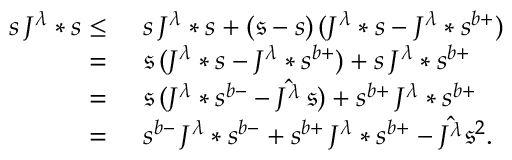
\begin{array} { r l } { s \, J ^ { \lambda } * s \leq } & { \ s \, J ^ { \lambda } * s + ( \mathfrak { s } - s ) \, ( J ^ { \lambda } * s - J ^ { \lambda } * { s } ^ { b + } ) } \\ { = } & { \ \mathfrak { s } \, ( J ^ { \lambda } * s - J ^ { \lambda } * s ^ { b + } ) + s \, J ^ { \lambda } * s ^ { b + } } \\ { = } & { \ \mathfrak { s } \, ( J ^ { \lambda } * s ^ { b - } - \hat { J ^ { \lambda } } \, \mathfrak { s } ) + s ^ { b + } \, J ^ { \lambda } * s ^ { b + } } \\ { = } & { \ s ^ { b - } \, J ^ { \lambda } * s ^ { b - } + s ^ { b + } \, J ^ { \lambda } * s ^ { b + } - \hat { J ^ { \lambda } } \mathfrak { s } ^ { 2 } . } \end{array}